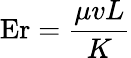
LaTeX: \mathrm{Er}={\frac{\mu vL}{K}}